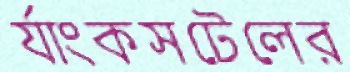
র‍্যাংকসটেলের